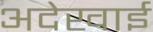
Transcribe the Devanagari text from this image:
अदेखाई